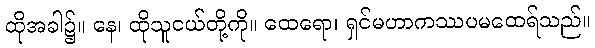
ထိုအခါ၌။ နေ၊ ထိုသူငယ်တို့ကို။ ထေရော၊ ရှင်မဟာကဿပမထေရ်သည်။